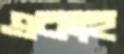
একাহ